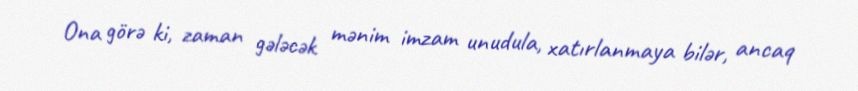
Ona görə ki, zaman gələcək mənim imzam unudula, xatırlanmaya bilər, ancaq